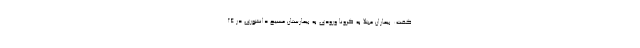
گفت: بیماران مبتلا به کرونا ورودی به بیمارستان مسیح دانشوری در ۲۴